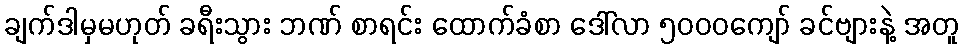
ချက်ဒါမှမဟုတ် ခရီးသွား ဘဏ် စာရင်း ထောက်ခံစာ ဒေါ်လာ ၅၀၀၀ကျော် ခင်ဗျားနဲ့ အတူ